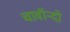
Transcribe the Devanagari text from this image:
चावॉन्दो